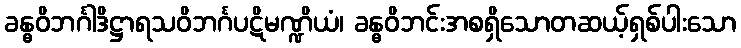
ခန္ဓဝိဘင်္ဂါဒိဋ္ဌာရသဝိဘင်္ဂပဋိမဏ္ဍိယံ၊ ခန္ဓဝိဘင်းအစရှိသောတဆယ့်ရှစ်ပါးသော